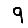
Digit: 9